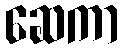
ဆေကာ